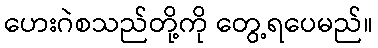
ဟေးဂဲစသည်တို့ကို တွေ့ရပေမည်။